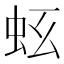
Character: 𧉛